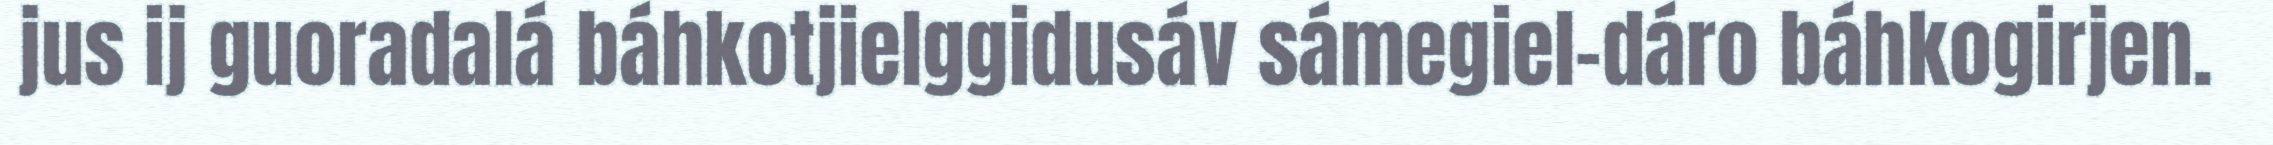
jus ij guoradalá báhkotjielggidusáv sámegiel-dáro báhkogirjen.